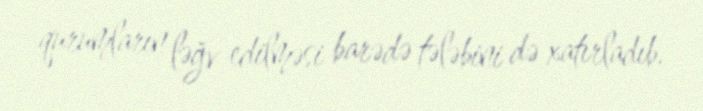
qurumların ləğv edilməsi barədə tələbini də xatırladıb.